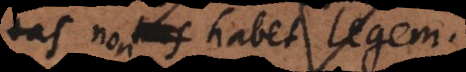
sitas non habet legem.